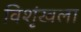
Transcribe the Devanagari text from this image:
विशृंखला